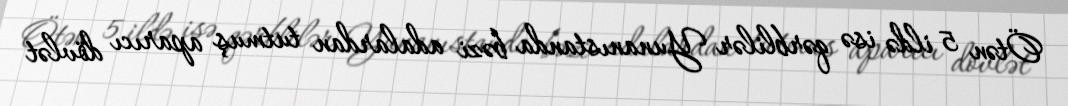
Ötən 5 ildə isə qərblilər Yunanıstanda bəzi adalardan tutmuş aparıcı dövlət